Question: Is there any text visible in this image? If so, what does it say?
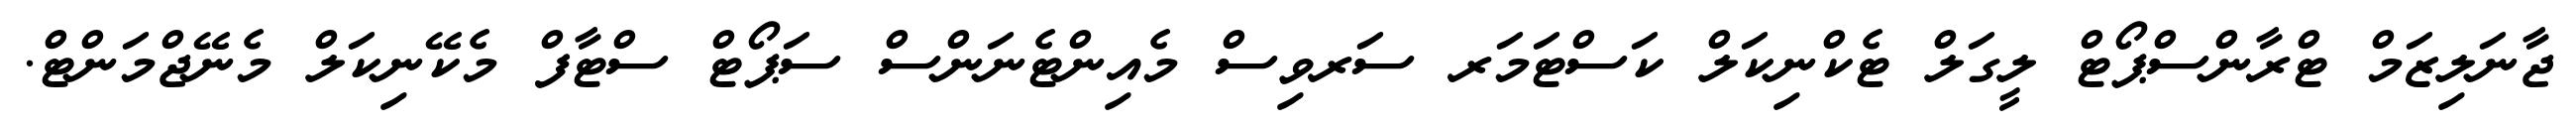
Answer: ޖާނަލިޒަމް ޓްރާންސްޕޯޓް ލީގަލް ޓެކްނިކަލް ކަސްޓަމަރ ސަރވިސް މެއިންޓެނަންސް ސަޕޯޓް ސްޓާފް މެކޭނިކަލް މެނޭޖްމަންޓް.